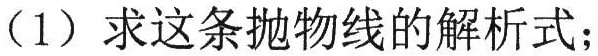
（1）求这条抛物线的解析式；